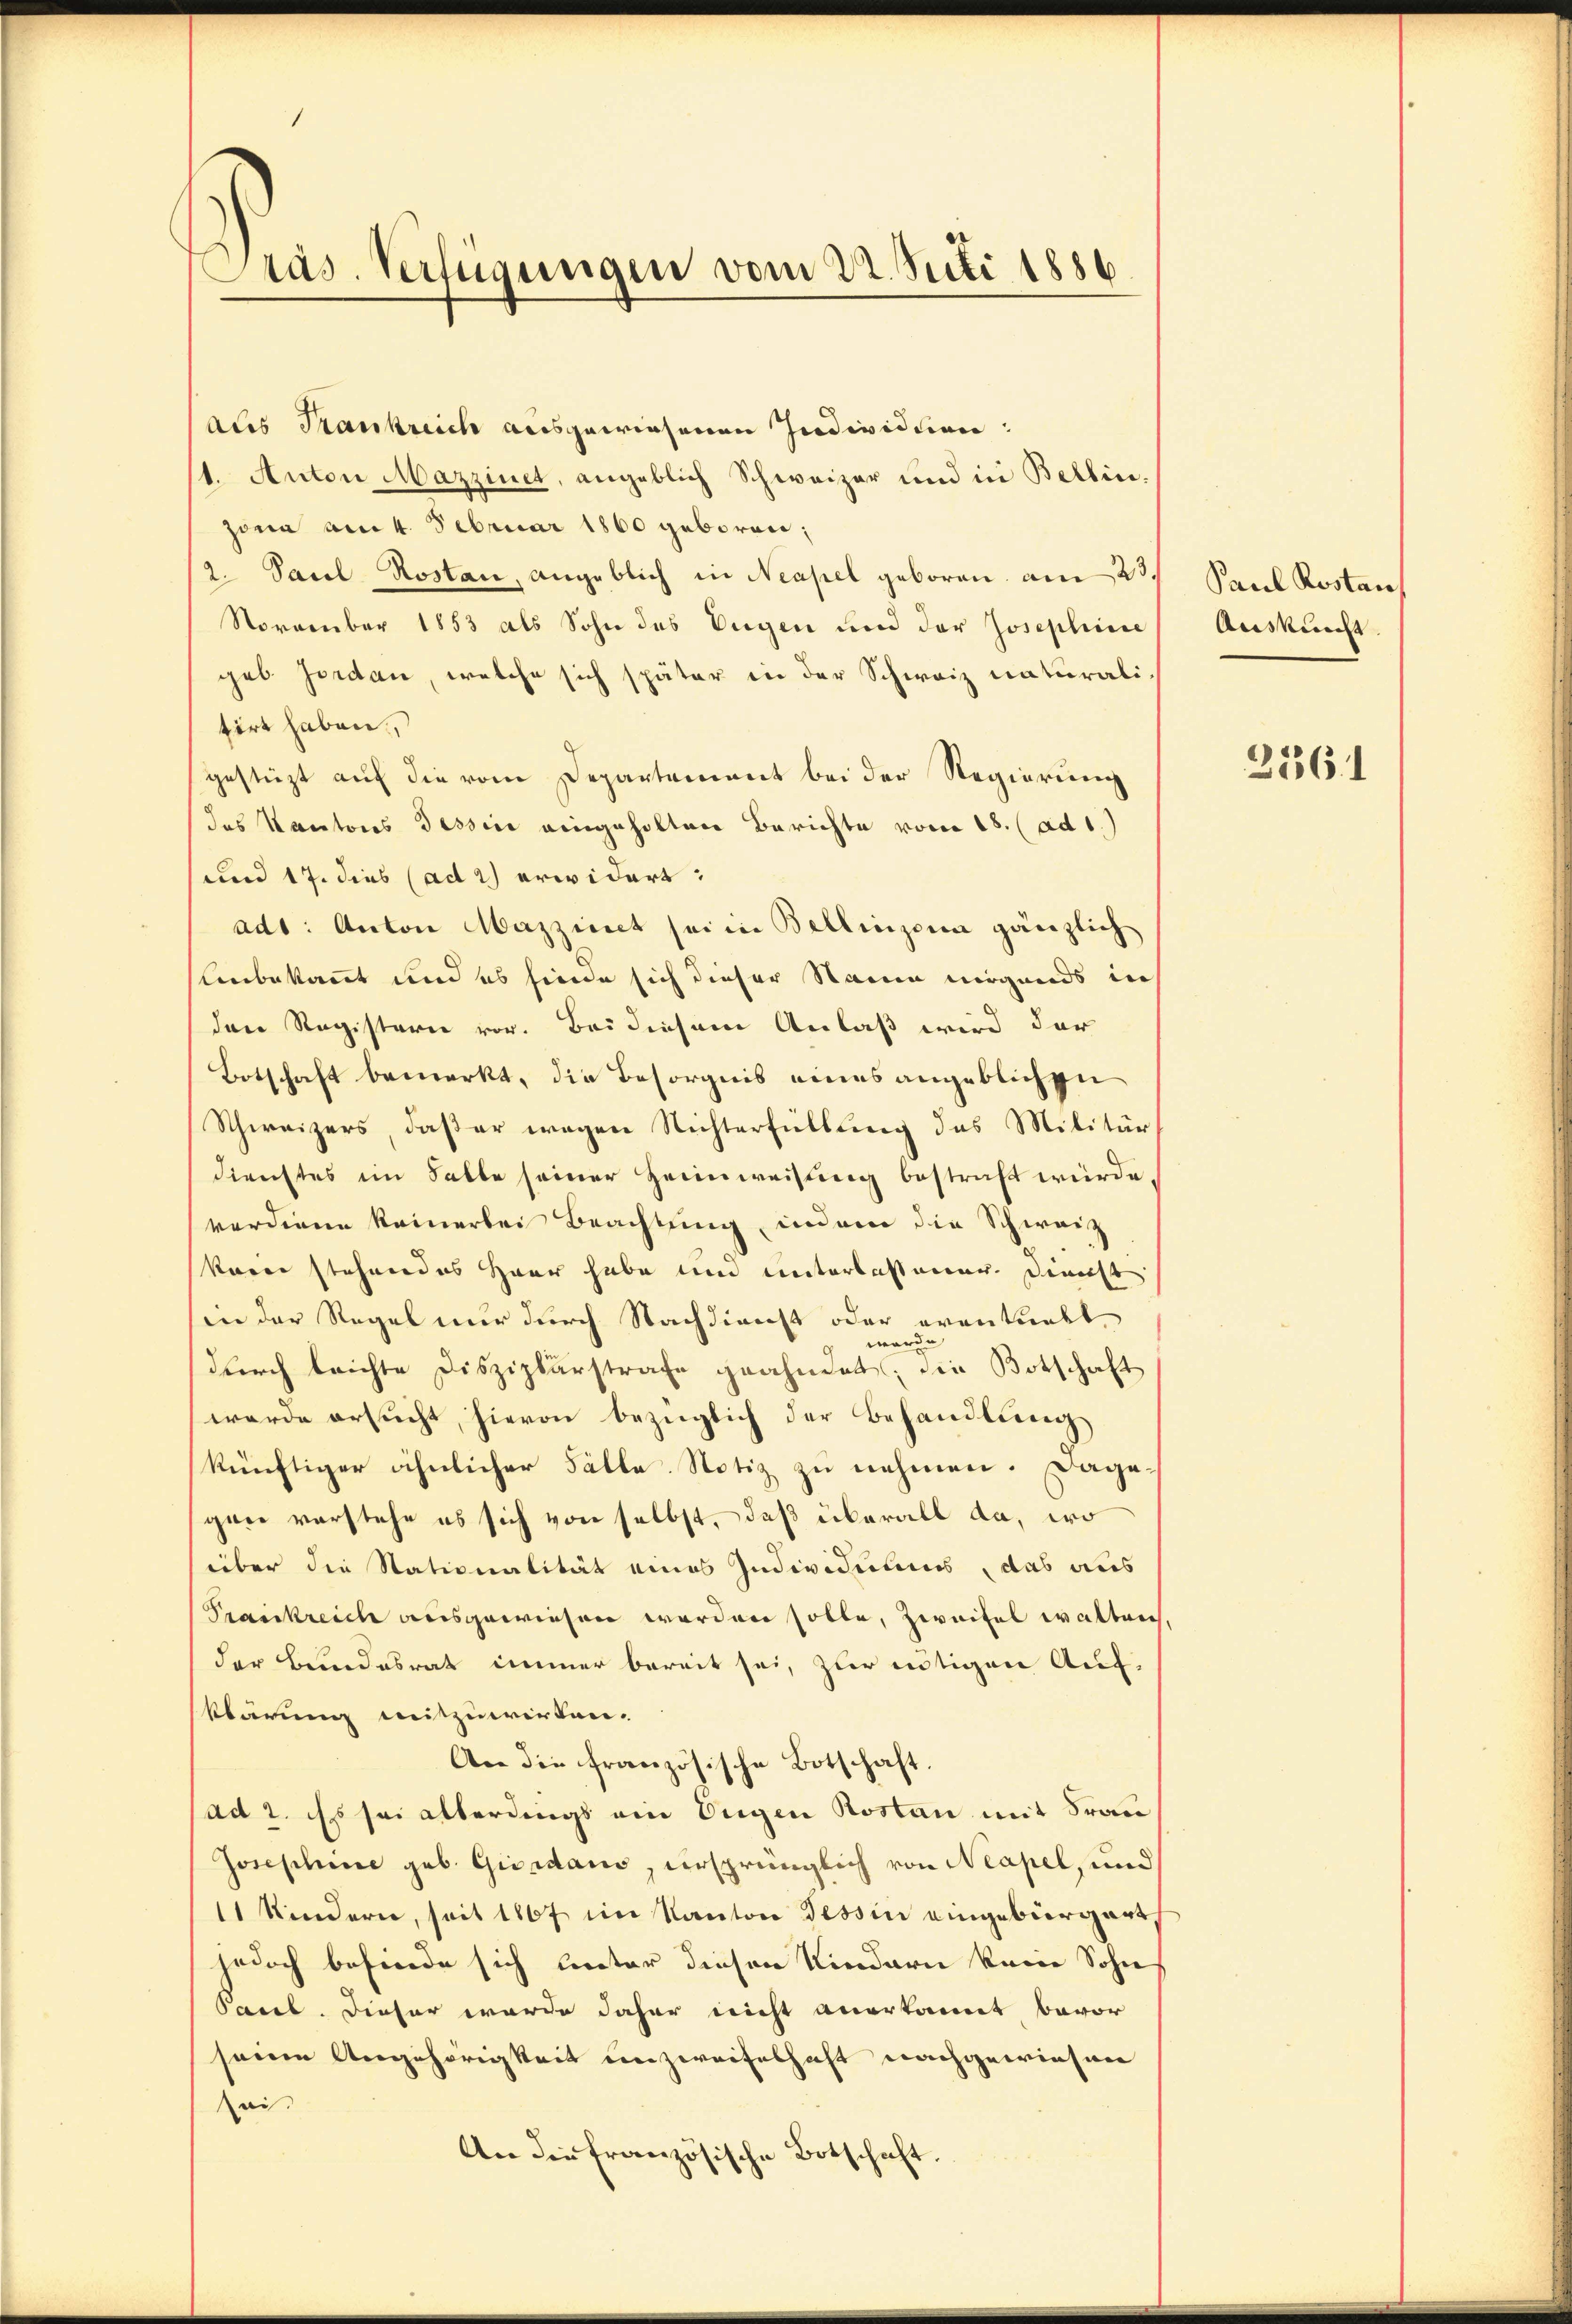
Präs. Verfügungen vom 22. Juli 1886

aus Krankreich ausgewiesenen Individuen:
1. Anton Mazzinet, angeblich Schweizer und in Bellin.
zona am 4. Februar 1860 geboren;
2. Pasel Rostan, angeblich in Neapel geboren am 23.
November 1853 als Sohn des Eigen und der Josephine
geb Jordan, welche sich später in der Schweiz naturali,
tirt haben.
gestüzt auf die vom Departement bei der Regierung
das Kantons Tessin eingeholten Berichte vom 18. (ad 1.)
und 17. dies (ad 2) erwidert:
adt: Anton Mazzinet sei in Bellinzona gänzlich
Unbekannt und es sinde sich dieser Raum nirgends in
den Registern vor. Bei diesem Anlaß wird der
Botschaft bemerkt, die Besorgnis eines angeblichen
Schweizers, daß er wegen Richterfüllung des Militär
dienstes im Falle seiner Heimweisung bestraft wurde
verdiene keinerlei Beachtung, indem die Schweiz
kain stehendes Haar habe und unterlassener. Dienst
in der Regel nur durch Nachdienst oder eventuell
wurde
durch leichte Disziplärstrafe geahndet; die Botschaft
werde ersucht, hievon bezüglich der Behandlung
künftiger ähnlicher Fälle Notiz zu nehmen. Dagegen vorstehe es sich von selbst, daß überall da, wo
über die Stationalität eines Individuums, das aus
Praiskreich ausgewiesen worden solle, Zweifel walten
der Bundesrat immer bereit sei, zur nötigen Aufklärung mitzuwirken.
An die französische Botschaft.
ad 2. Es sei alterdings ein Segen Kosten mit Frau
Josephine geb. Gierdano, versprünglich von Neapel, und
11 Kindern, seit 1867 im Kanton Tessin eingebürgert,
jedoch befinde sich leter diesen Kindern kam Sohn
Pacel. Dieser wurde daher nicht anerkannt, bevor
seine Angehörigkeit unzweifelhaft nachgewiesen
ai.
An die französische Botschaft.

Paul Kostan
Auskunft

2561